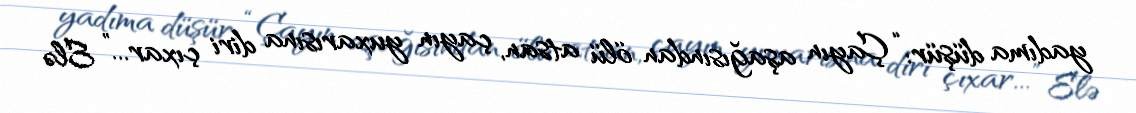
yadıma düşür: “Çayın aşağısından ölü atsan, çayın yuxarısına diri çıxar...” Elə